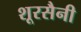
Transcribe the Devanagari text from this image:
शूरसैनी